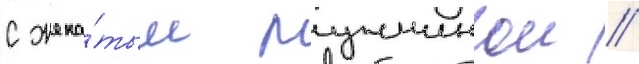
с жена́тым мужчинои //